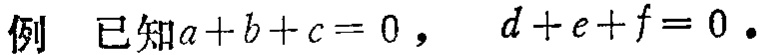
例 已知\(a + b + c = 0\)， \(d + e + f = 0\)。